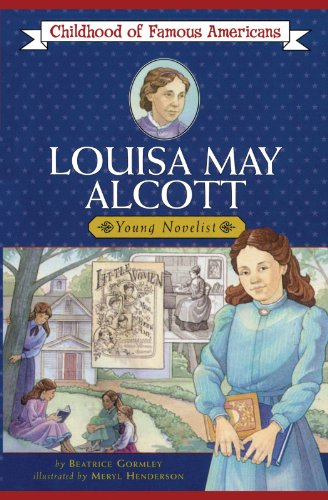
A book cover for Louisa May Alcott (Childhood of Famous Americans); Beatrice Gormley; Children's Books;